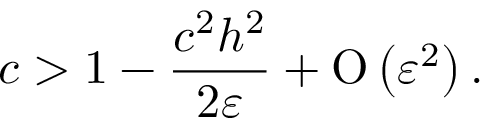
c > 1 - \frac { c ^ { 2 } h ^ { 2 } } { 2 \varepsilon } + \ensuremath { \operatorname { O } \left( \varepsilon ^ { 2 } \right) } .